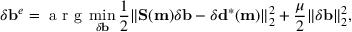
\delta \mathbf { b } ^ { e } = \mathrm { ~ a ~ r ~ g ~ } \operatorname* { m i n } _ { \delta \mathbf { b } } \frac { 1 } { 2 } \| \mathbf { S } ( \mathbf { m } ) \delta \mathbf { b } - \delta \mathbf { d } ^ { * } ( \mathbf { m } ) \| _ { 2 } ^ { 2 } + \frac { \mu } { 2 } \| \delta \mathbf { b } \| _ { 2 } ^ { 2 } ,